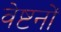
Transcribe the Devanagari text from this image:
वेष्टनों